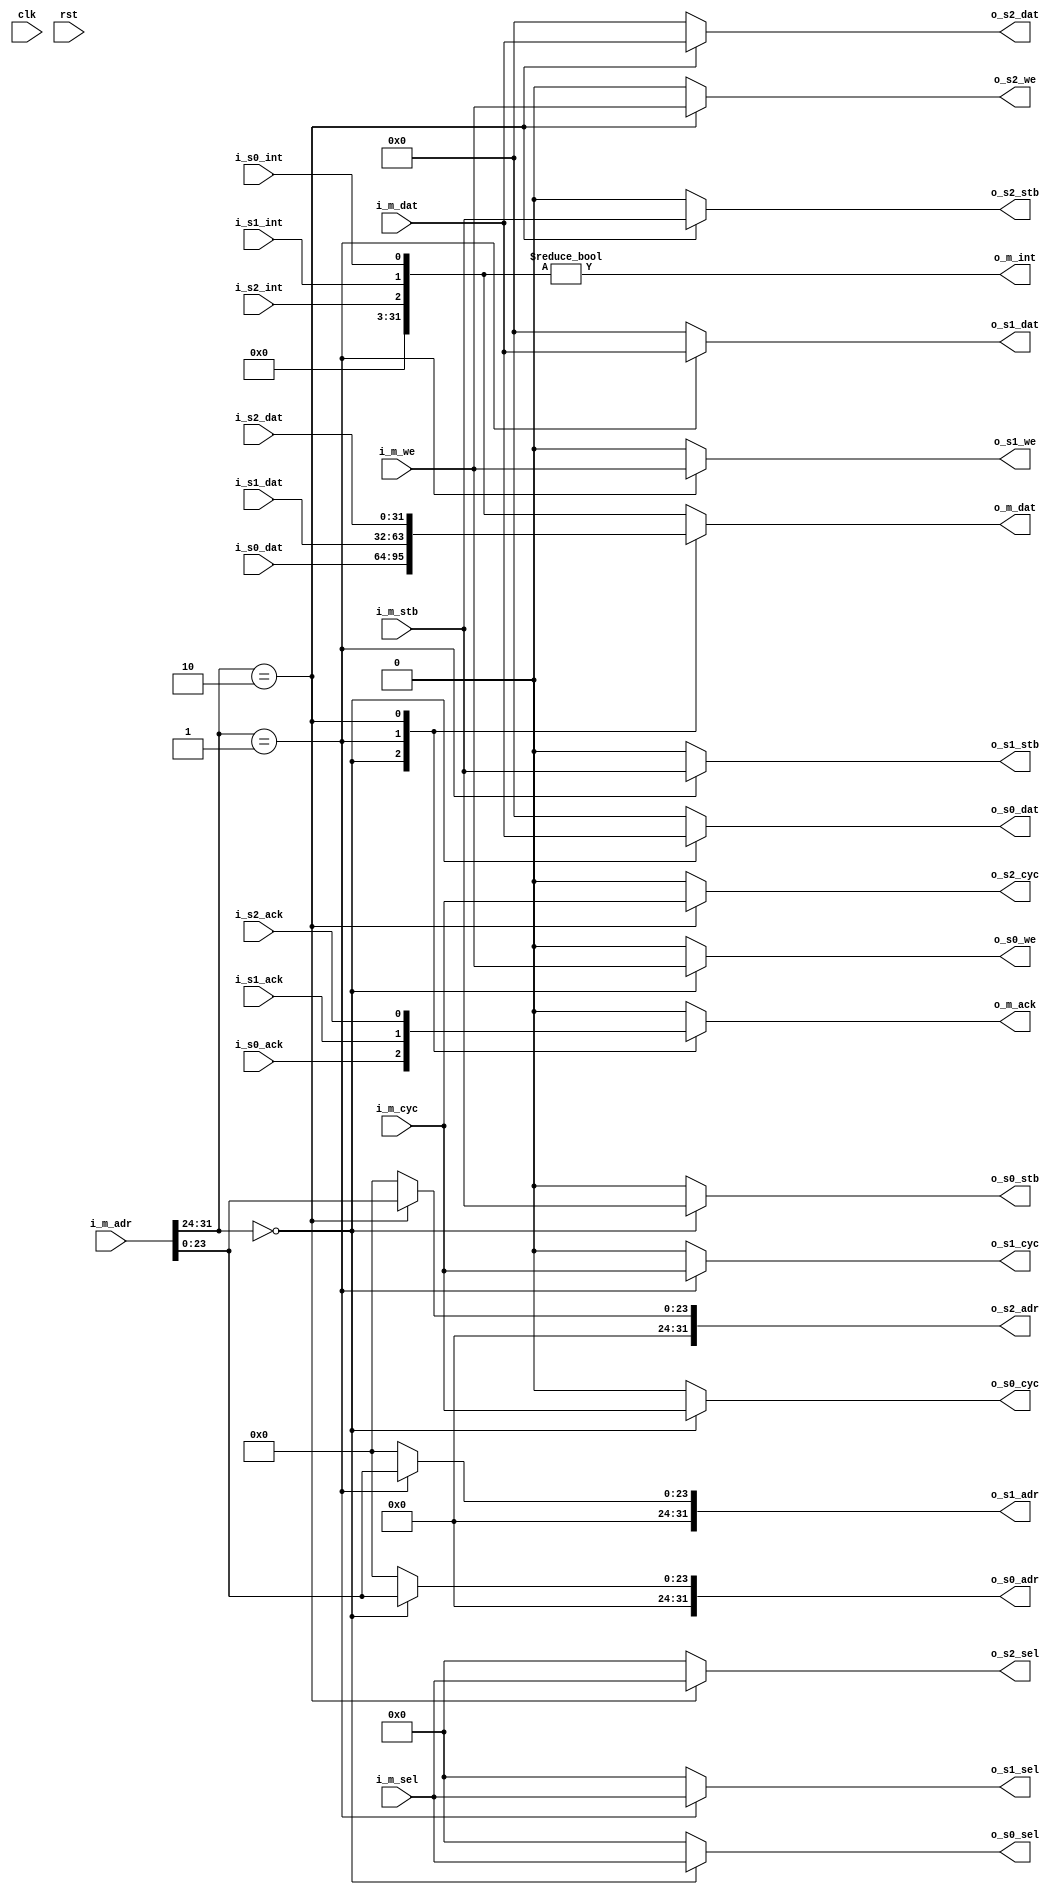
module wishbone_interconnect (
  input               clk,
  input               rst,
  input               i_m_we,
  input               i_m_stb,
  input               i_m_cyc,
  input       [3:0]   i_m_sel,
  input       [31:0]  i_m_adr,
  input       [31:0]  i_m_dat,
  output reg  [31:0]  o_m_dat,
  output reg          o_m_ack,
  output              o_m_int,
  output              o_s0_we,
  output              o_s0_cyc,
  output              o_s0_stb,
  output    [3:0]     o_s0_sel,
  input               i_s0_ack,
  output    [31:0]    o_s0_dat,
  input     [31:0]    i_s0_dat,
  output    [31:0]    o_s0_adr,
  input               i_s0_int,
  output              o_s1_we,
  output              o_s1_cyc,
  output              o_s1_stb,
  output    [3:0]     o_s1_sel,
  input               i_s1_ack,
  output    [31:0]    o_s1_dat,
  input     [31:0]    i_s1_dat,
  output    [31:0]    o_s1_adr,
  input               i_s1_int,
  output              o_s2_we,
  output              o_s2_cyc,
  output              o_s2_stb,
  output    [3:0]     o_s2_sel,
  input               i_s2_ack,
  output    [31:0]    o_s2_dat,
  input     [31:0]    i_s2_dat,
  output    [31:0]    o_s2_adr,
  input               i_s2_int
);
parameter ADDR_0 = 0;
parameter ADDR_1 = 1;
parameter ADDR_2 = 2;
parameter ADDR_FF = 8'hFF;
wire [7:0]slave_select;
wire [31:0] interrupts;
assign slave_select =   i_m_adr[31:24];
always @ (slave_select or i_s0_dat or i_s1_dat or i_s2_dat or interrupts) begin
  case (slave_select)
    ADDR_0: begin
      o_m_dat <= i_s0_dat;
    end
    ADDR_1: begin
      o_m_dat <= i_s1_dat;
    end
    ADDR_2: begin
      o_m_dat <= i_s2_dat;
    end
    default: begin
      o_m_dat <= interrupts;
    end
  endcase
end
always @ (slave_select or i_s0_ack or i_s1_ack or i_s2_ack) begin
  case (slave_select)
    ADDR_0: begin
      o_m_ack <= i_s0_ack;
    end
    ADDR_1: begin
      o_m_ack <= i_s1_ack;
    end
    ADDR_2: begin
      o_m_ack <= i_s2_ack;
    end
    default: begin
      o_m_ack <= 1'h0;
    end
  endcase
end
assign interrupts[0]    = i_s0_int;
assign interrupts[1]    = i_s1_int;
assign interrupts[2]    = i_s2_int;
assign interrupts[31:3]   = 0;
assign o_m_int  =   (interrupts != 0);
assign o_s0_we   =  (slave_select == ADDR_0) ? i_m_we: 1'b0;
assign o_s0_stb  =  (slave_select == ADDR_0) ? i_m_stb: 1'b0;
assign o_s0_sel  =  (slave_select == ADDR_0) ? i_m_sel: 4'h0;
assign o_s0_cyc  =  (slave_select == ADDR_0) ? i_m_cyc: 1'b0;
assign o_s0_adr  =  (slave_select == ADDR_0) ? {8'h0, i_m_adr[23:0]}: 32'h0;
assign o_s0_dat  =  (slave_select == ADDR_0) ? i_m_dat: 32'h0;
assign o_s1_we   =  (slave_select == ADDR_1) ? i_m_we: 1'b0;
assign o_s1_stb  =  (slave_select == ADDR_1) ? i_m_stb: 1'b0;
assign o_s1_sel  =  (slave_select == ADDR_1) ? i_m_sel: 4'h0;
assign o_s1_cyc  =  (slave_select == ADDR_1) ? i_m_cyc: 1'b0;
assign o_s1_adr  =  (slave_select == ADDR_1) ? {8'h0, i_m_adr[23:0]}: 32'h0;
assign o_s1_dat  =  (slave_select == ADDR_1) ? i_m_dat: 32'h0;
assign o_s2_we   =  (slave_select == ADDR_2) ? i_m_we: 1'b0;
assign o_s2_stb  =  (slave_select == ADDR_2) ? i_m_stb: 1'b0;
assign o_s2_sel  =  (slave_select == ADDR_2) ? i_m_sel: 4'h0;
assign o_s2_cyc  =  (slave_select == ADDR_2) ? i_m_cyc: 1'b0;
assign o_s2_adr  =  (slave_select == ADDR_2) ? {8'h0, i_m_adr[23:0]}: 32'h0;
assign o_s2_dat  =  (slave_select == ADDR_2) ? i_m_dat: 32'h0;
endmodule